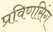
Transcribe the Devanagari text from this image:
प्रविणसिंग